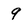
Character: 9